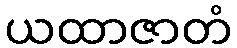
ယထာဇာတံ